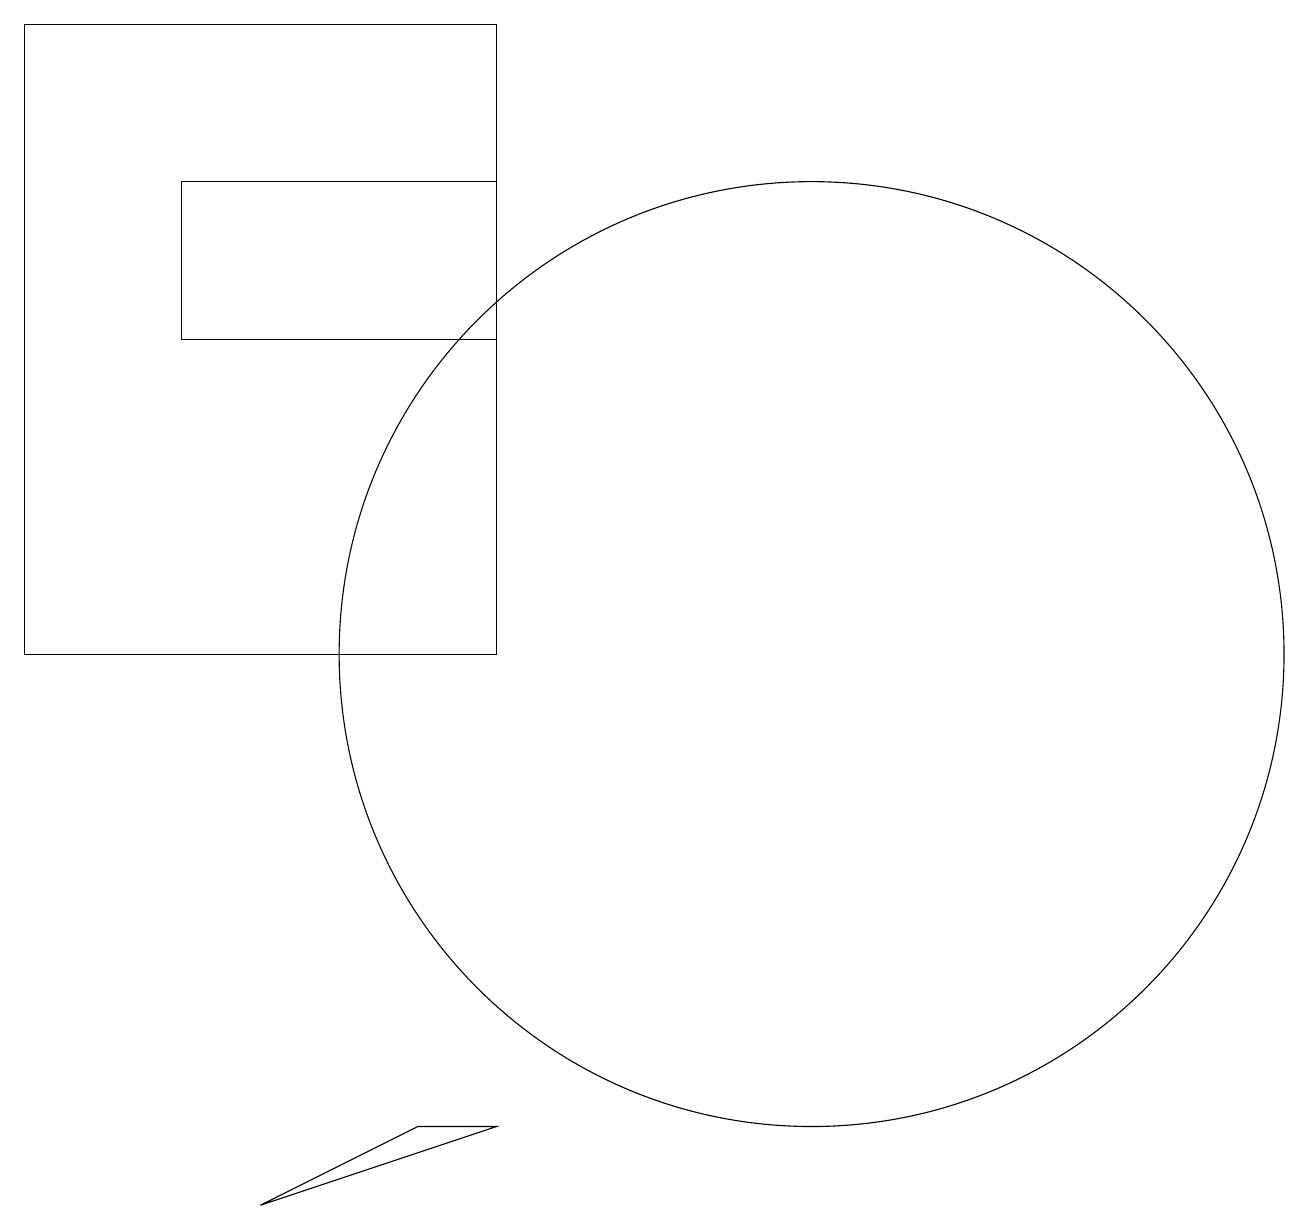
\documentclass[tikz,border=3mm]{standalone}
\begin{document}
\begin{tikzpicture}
\draw (3,16) rectangle (7,14);
\draw (1,18) rectangle (7,10);
\draw (11,10) circle (6);
\draw (7,4) -- (4,3) -- (6,4) -- cycle;
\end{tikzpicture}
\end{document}